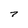
Character: 7